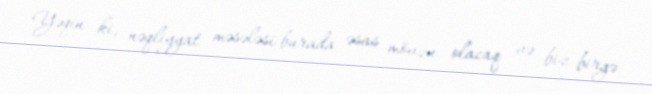
Yəqin ki, nəqliyyat məsələsi burada əsas mövzu olacaq və biz birgə